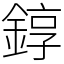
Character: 錞